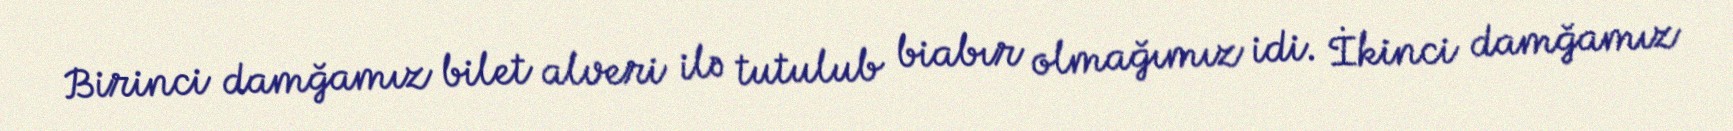
Birinci damğamız bilet alveri ilə tutulub biabır olmağımız idi. İkinci damğamız